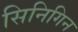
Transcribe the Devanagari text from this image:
सिनिगिन